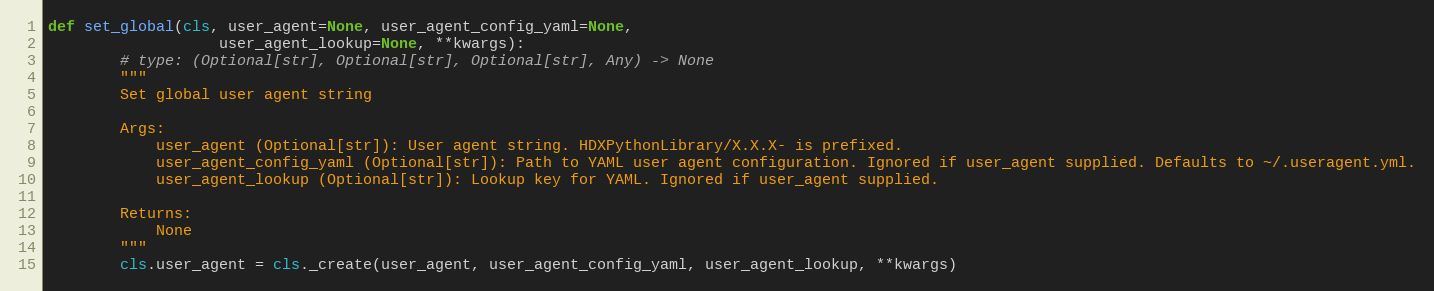
Language: Python
def set_global(cls, user_agent=None, user_agent_config_yaml=None,
                   user_agent_lookup=None, **kwargs):
        # type: (Optional[str], Optional[str], Optional[str], Any) -> None
        """
        Set global user agent string

        Args:
            user_agent (Optional[str]): User agent string. HDXPythonLibrary/X.X.X- is prefixed.
            user_agent_config_yaml (Optional[str]): Path to YAML user agent configuration. Ignored if user_agent supplied. Defaults to ~/.useragent.yml.
            user_agent_lookup (Optional[str]): Lookup key for YAML. Ignored if user_agent supplied.

        Returns:
            None
        """
        cls.user_agent = cls._create(user_agent, user_agent_config_yaml, user_agent_lookup, **kwargs)